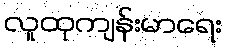
လူထုကျန်းမာရေး